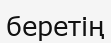
беретің